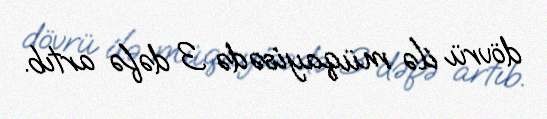
dövrü ilə müqayisədə 3 dəfə artıb.